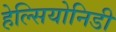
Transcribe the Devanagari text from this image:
हेल्सियोनिडी